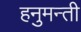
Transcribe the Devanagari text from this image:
हनुमन्ती